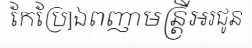
កែប្រែ]ឯពញាមន្ត្រីអរជូន